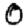
Digit: 0